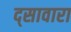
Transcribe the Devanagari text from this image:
द्सावारा